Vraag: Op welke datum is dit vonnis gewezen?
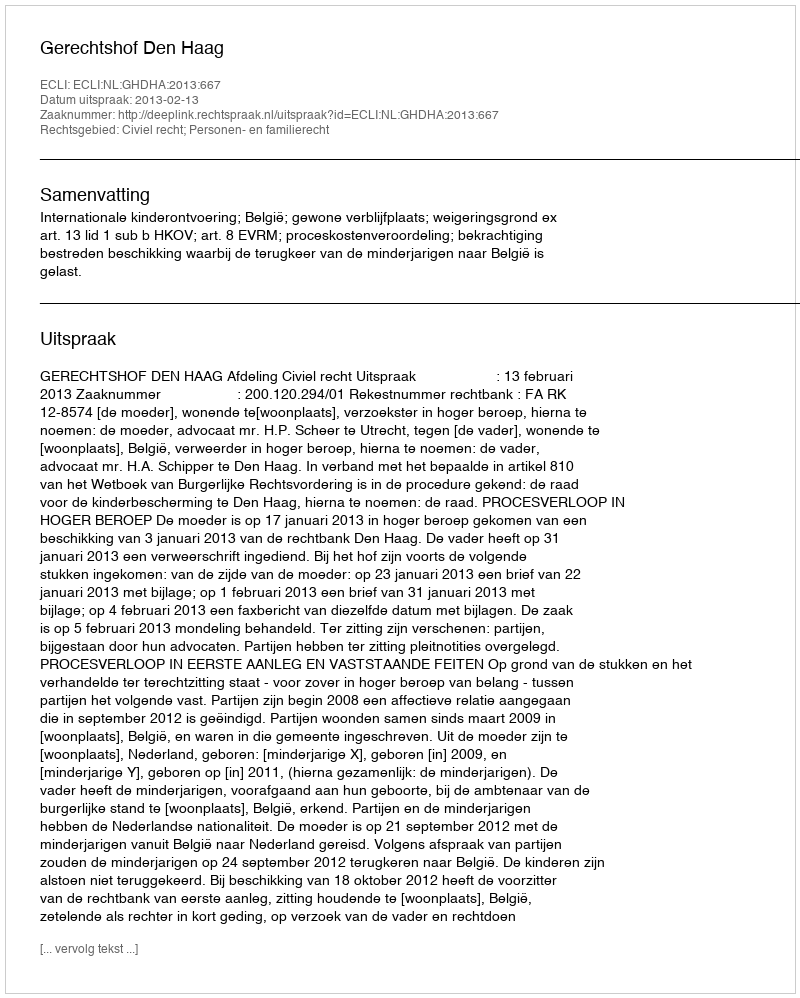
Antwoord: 2013-02-13